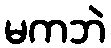
မကဘဲ